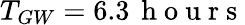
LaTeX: T_{GW}=6.3\, \mathrm{~h~o~u~r~s~}